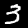
Digit: 3